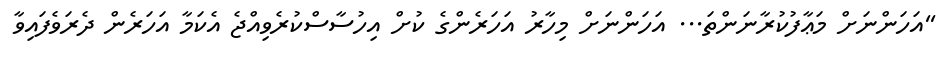
''އަހަންނަށް މަޢާފުކުރާނަންތަ... އަހަންނަށް މިހާރު އަހަރެންގެ ކުށް އިހުސާސްކުރެވިއްޖެ އެކަމާ އަހަރެން ދެރަވެފައިވާ